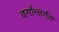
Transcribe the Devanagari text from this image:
वर्गान्तर्गत